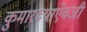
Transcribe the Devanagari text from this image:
कुमारच्याऐवजी